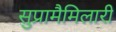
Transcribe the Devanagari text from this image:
सुप्रामैमिलारी